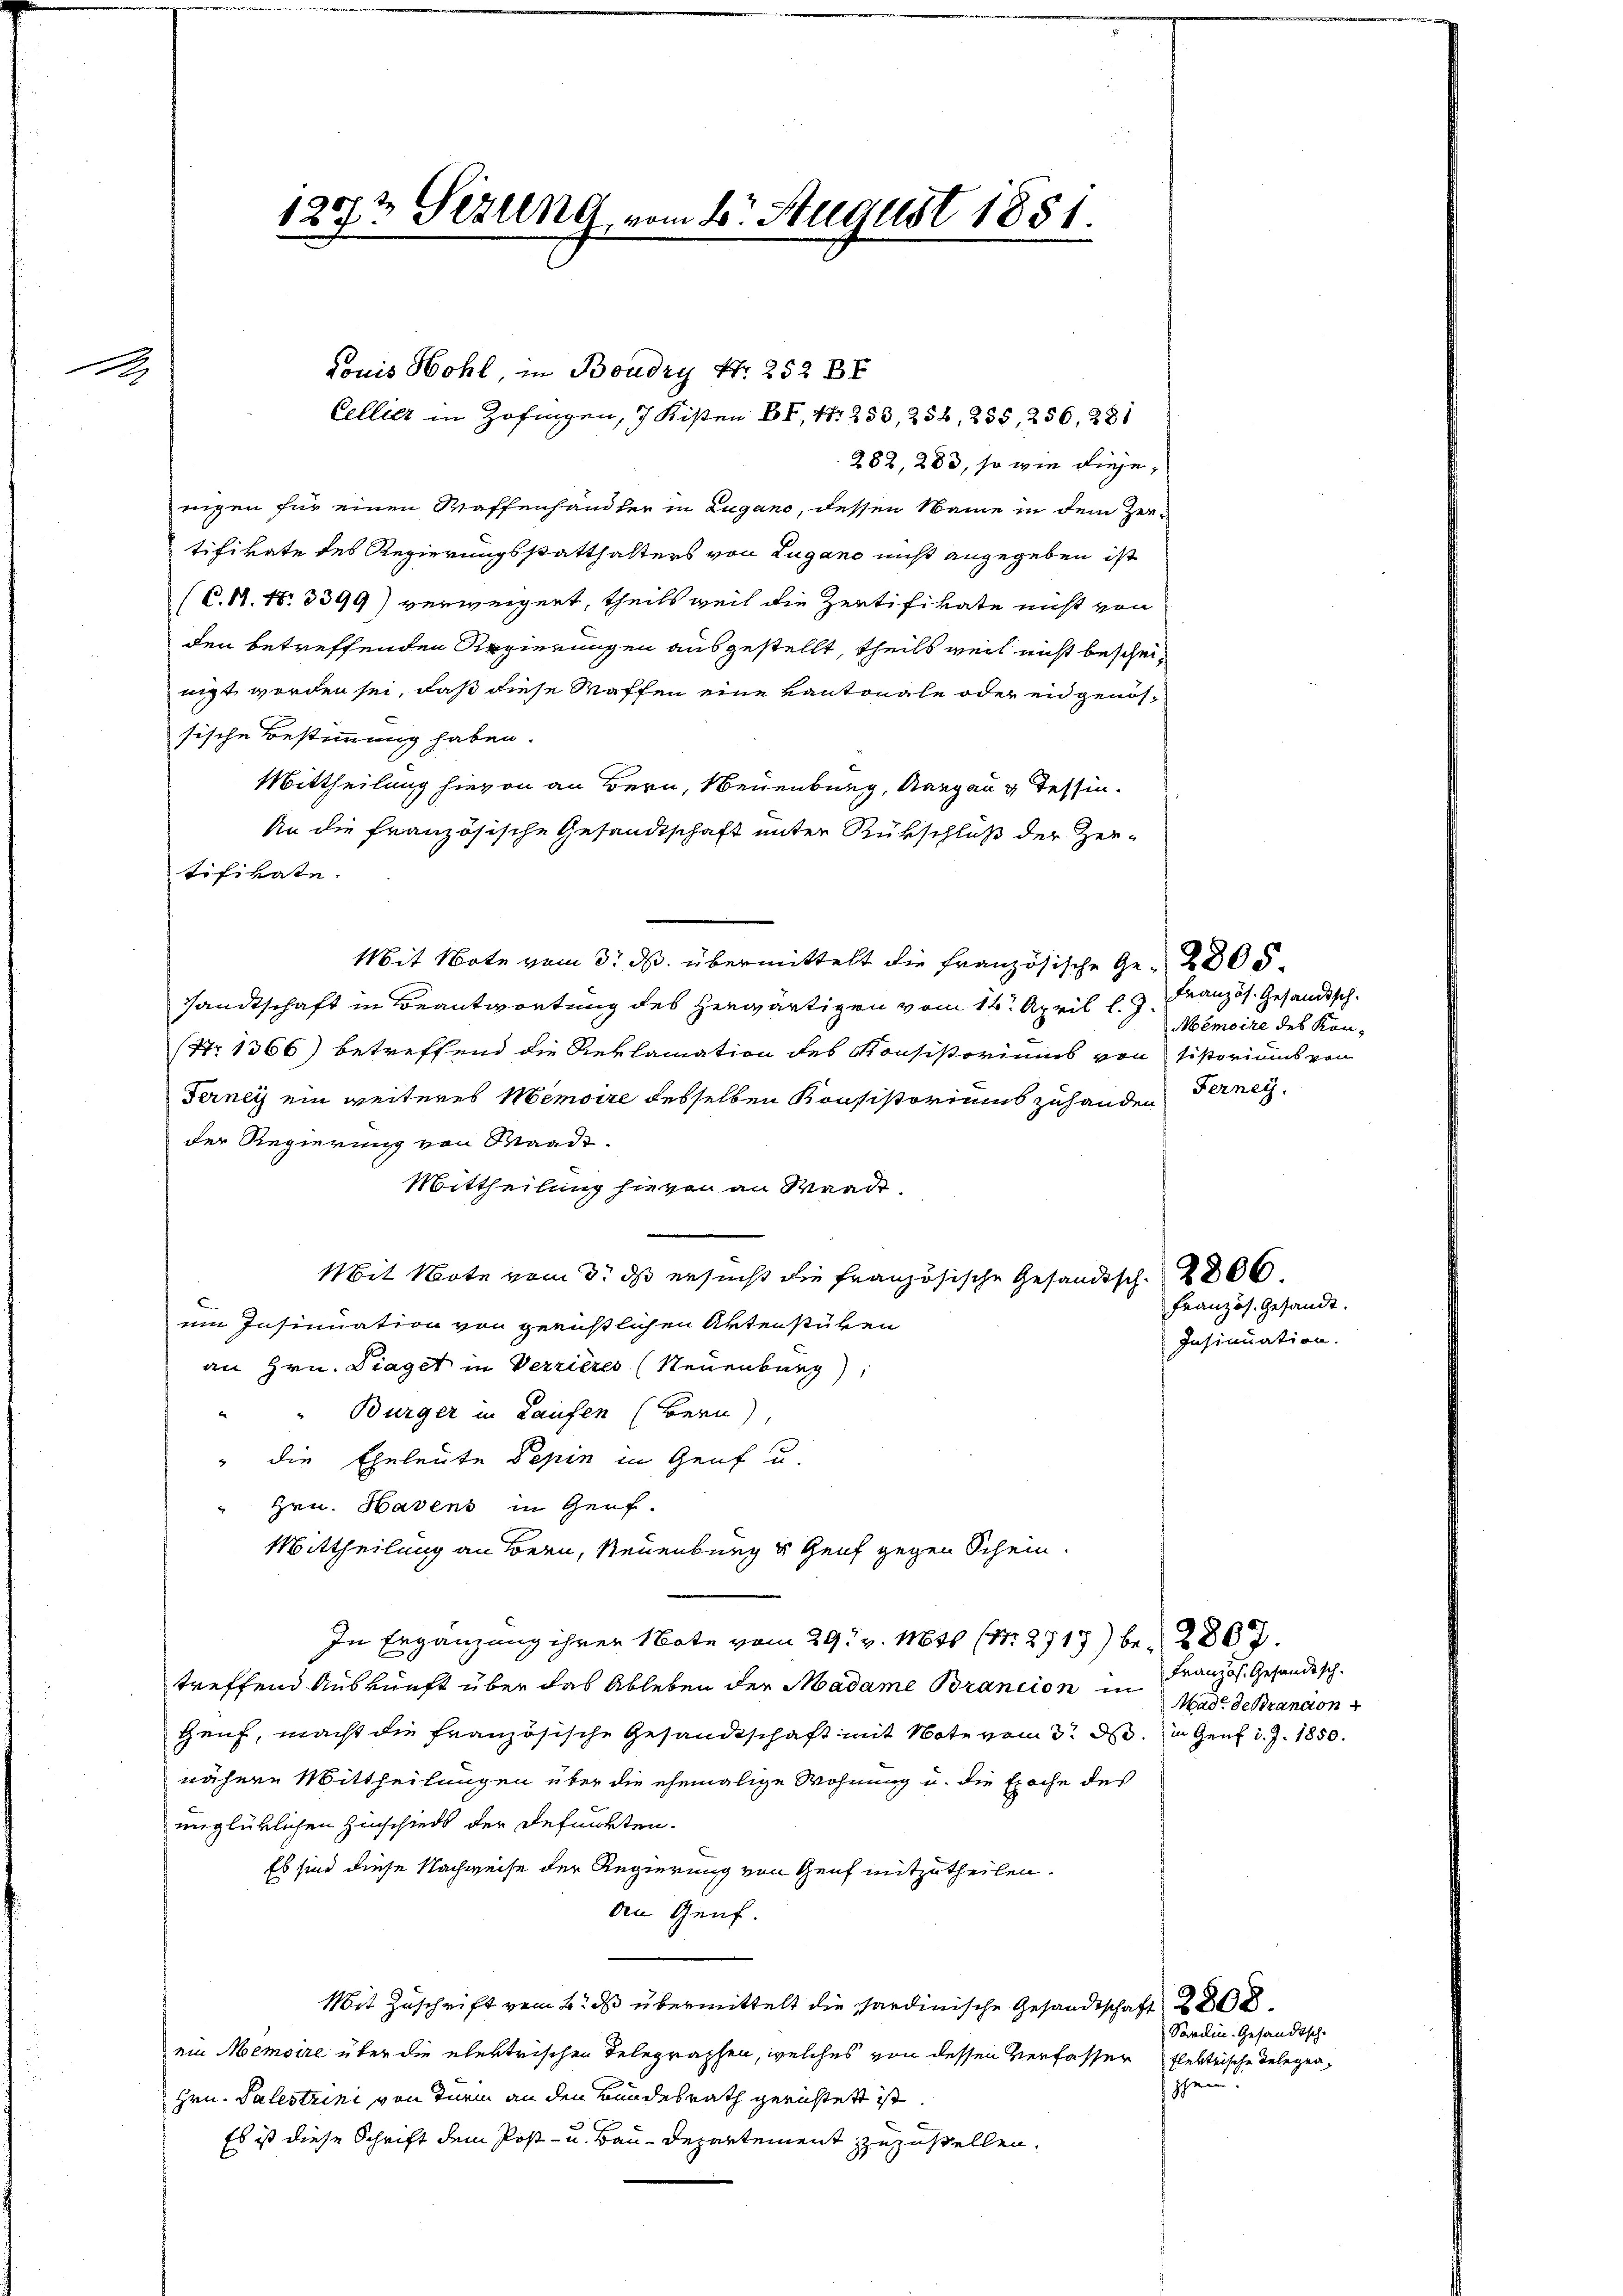
1

1273 Sezung vom 2t. August 1881.

282, 283, so wie diese,
nigen für einen Waffenhändler in Zugano, dessen Name in dem Zertifikate des Regierungsstatthalters von Lugano nicht angegeben ist
(C.11.18. 3399) verweigert, theils weil die Zertifikate nicht von
den betreffenden Regierungen ausgestellt, theils weil nicht bescheinigt worden sei, daß diese Waffen eine Kantonale oder ein genössische Bestimmung haben.
Mittheilung hievon an Bern, Neuenburg, Aargau g Tessin.
An die französische Gesandtschaft unter Rückschluß der Zer-
tifikate.
Mit Note vom 3. ds. übermittelt die Französische Ge- 2305
sandtschaft in Beantwortung des herwärtigen vom 14. April l. J.
(Nr. 1366) betreffend die Reklamation des Konsistoriums von sistoriums von
Ferney ein weiteres Memoire desselben Konsistoriums zuhanden
der Regierung von Waadt.
Mittheilung hievon an Waadt,
Mit Note vom 3. ds ersucht die französische Gesandtsch. 266
em Insinuation von gerüstlichen Aktenstüken
an Hrn. Diaget in Verrieres (Neuenburg),
" Bürger in Laufen (Bern)
" die Eheleute Pepin in Genf u.
Hrn. Hasens in Genf.
Mittheilung an Bern, Neuenburg & Genf gegen Schein.
In Ergänzung ihrer Note vom 29. v. 1855 (N. 2717) be- 2807.
treffend Auskunft über das Ableben der Madame Brancion in
Heuf, macht die französische Gesandtschaft mit Note vom 3. d. in Genf d. J. 1850.
nähere Mittheilungen über die ehemalige Wohnung u. die Epoche des
unglüklichen Hinschieds der defunkten.
Es sind diese Nachweise der Regierung von Genf mitzutheilen.
den Genf.
Mit Zuschrift vom 2. ds übermittelt die Sardinische Gesandtschaft 208.
ein Memoire über die elektrischen Telegraphen, welches von dessen Verfasser flektrische Belegen,
Hrn. Palestrini von Turin an den Bundesrath gerichtet ist.
Es ist diese Schrift dem Post- u. Bau-Departement zuzustellen,

Louis Hohl, in Boudry Nr. 252 BE
Cellitz in Zofingen, 7 Kisten BC, N. 253, 254, 235, 256, 281

Französ. Gesandtsch.
Mémoire des Kon¬
Ferney.

Insinuation.

Französ. Gesandt.

Französ. Gesandtsch.
Made de Brandon

Savelin. Gesandtsch
phen